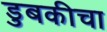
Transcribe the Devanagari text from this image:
डुबकीचा